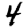
Digit: 4